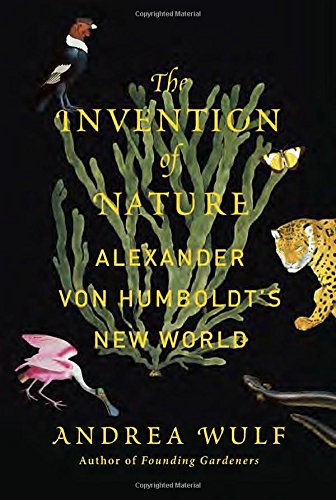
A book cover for The Invention of Nature: Alexander von Humboldt's New World; Andrea Wulf; Science & Math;